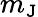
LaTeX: m_{\mathtt{J}}